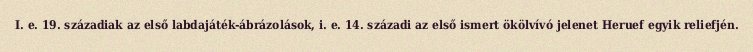
I. e. 19. századiak az első labdajáték-ábrázolások, i. e. 14. századi az első ismert ökölvívó jelenet Heruef egyik reliefjén.